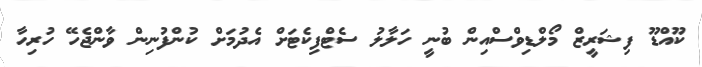
ކޫއްޑޫ ފިޝަރީޒް މޯލްޑިވްސްއިން ބުނީ ހަލާލު ސެޓްފިކެޓަށް އެދުމަށް ކުންފުނިން ވާންޖެހޭ ހުރިހާ